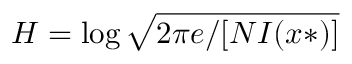
H = \log { \sqrt { 2 \pi e / [ N I ( x * ) ] } }